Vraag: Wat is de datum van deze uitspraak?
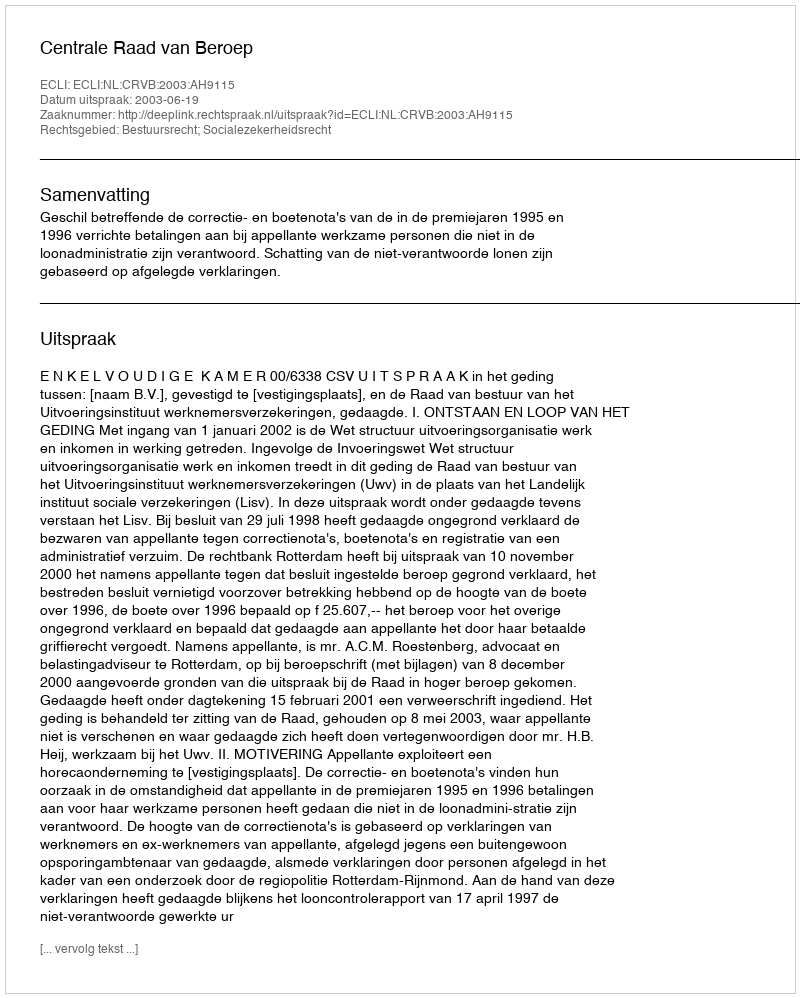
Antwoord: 2003-06-19